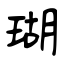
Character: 瑚